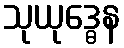
သုယုဒ္ဓေန